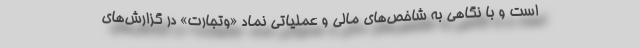
است و با نگاهی به شاخص‌های مالی و عملیاتی نماد «وتجارت» در گزارش‌های